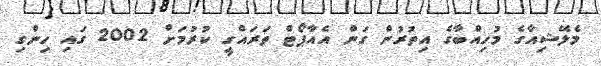
މެލޭޝިއާގެ މުހިއްބާގެ އިތުރުން ގަން އެއާޕޯޓް ތަރައްގީ ކުރުމަށް 2002 ގައި ހިންގި